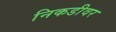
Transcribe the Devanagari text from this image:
निकडीवर